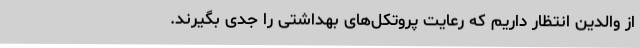
از والدین انتظار داریم که رعایت پروتکل‌های بهداشتی را جدی بگیرند.